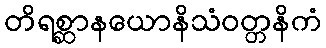
တိရစ္ဆာနယောနိသံဝတ္တနိကံ